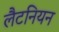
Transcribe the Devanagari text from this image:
लैटनियन